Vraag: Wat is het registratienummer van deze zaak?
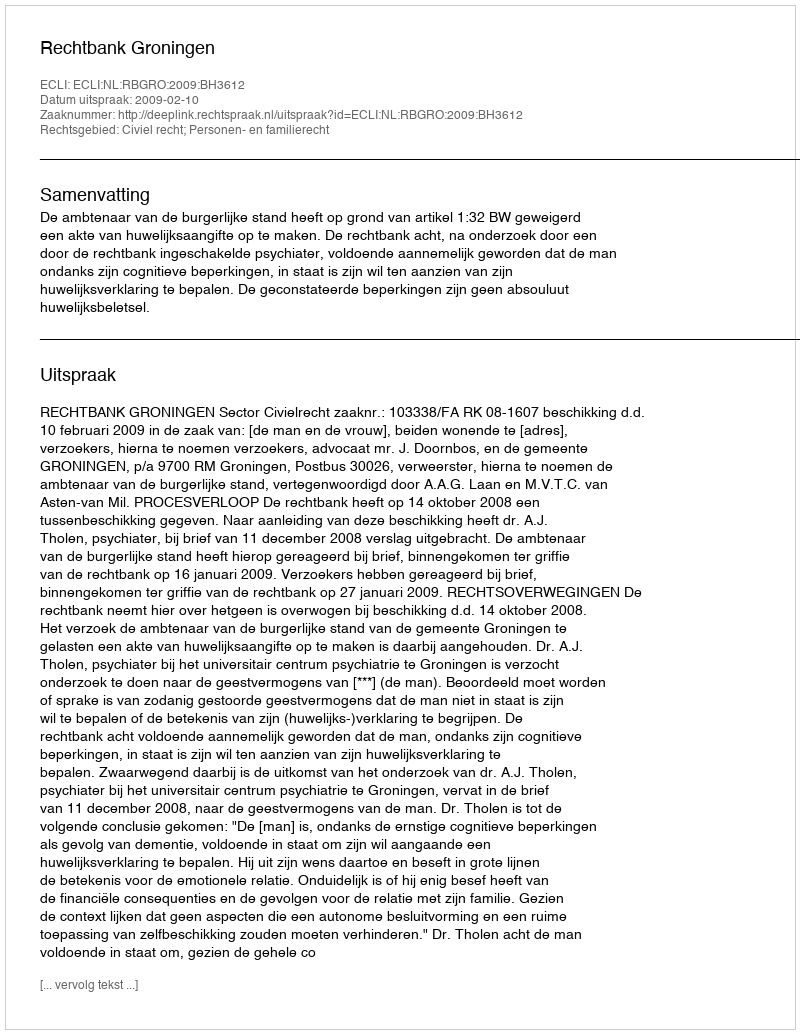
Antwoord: http://deeplink.rechtspraak.nl/uitspraak?id=ECLI:NL:RBGRO:2009:BH3612